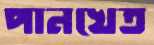
পানখেত